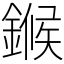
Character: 𬫺